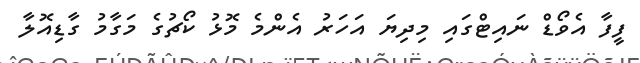
ފީފާ އެވޯޑް ނައިޓްގައި މިދިޔަ އަހަރު އެންމެ މޮޅު ކޯޗުގެ މަގާމު ގާޑިއޮލާ